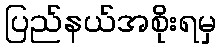
ပြည်နယ်အစိုးရမှ